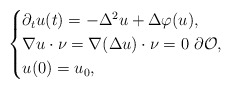
\begin{align*}\begin{cases}\partial_t u(t) = - \Delta^2 u + \Delta \varphi(u), \\\nabla u \cdot \nu = \nabla(\Delta u)\cdot \nu = 0 \ \partial\mathcal{O} , \\u(0) = u_0,\end{cases}\end{align*}